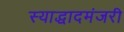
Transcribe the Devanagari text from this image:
स्याद्धादमंजरी